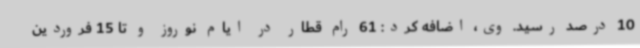
10 درصد رسید. وی، اضافه کرد: 61 رام قطار در ایام نوروز و تا 15 فروردین